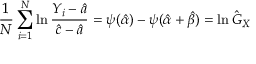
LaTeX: { \frac { 1 } { N } } \sum _ { i = 1 } ^ { N } \ln { \frac { Y _ { i } - { \hat { a } } } { { \hat { c } } - { \hat { a } } } } = \psi ( { \hat { \alpha } } ) - \psi ( { \hat { \alpha } } + { \hat { \beta } } ) = \ln { \hat { G } } _ { X }